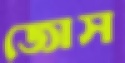
জোস